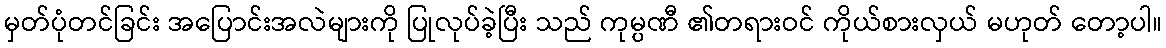
မှတ်ပုံတင်ခြင်း အပြောင်းအလဲများကို ပြုလုပ်ခဲ့ပြီး သည် ကုမ္ပဏီ ၏တရားဝင် ကိုယ်စားလှယ် မဟုတ် တော့ပါ။